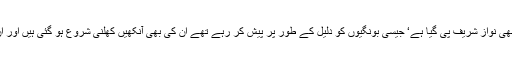
وہ دانشورجو خان کو اقتدار میں لانے کےلئے ’ میرے بچوں کا دودھ بھی نواز شریف پی گیا ہے‘ جیسی بونگیوں کو دلیل کے طور پر پیش کر رہے تھے ان کی بھی آنکھیں کھلنی شروع ہو گئی ہیں اور ان کے بڑوں نے کھلم کھلا قوم سے معافیاں مانگنی شروع کر دی ہیں۔